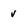
Character: v